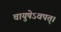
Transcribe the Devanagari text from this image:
चायुषेऽवपत्।